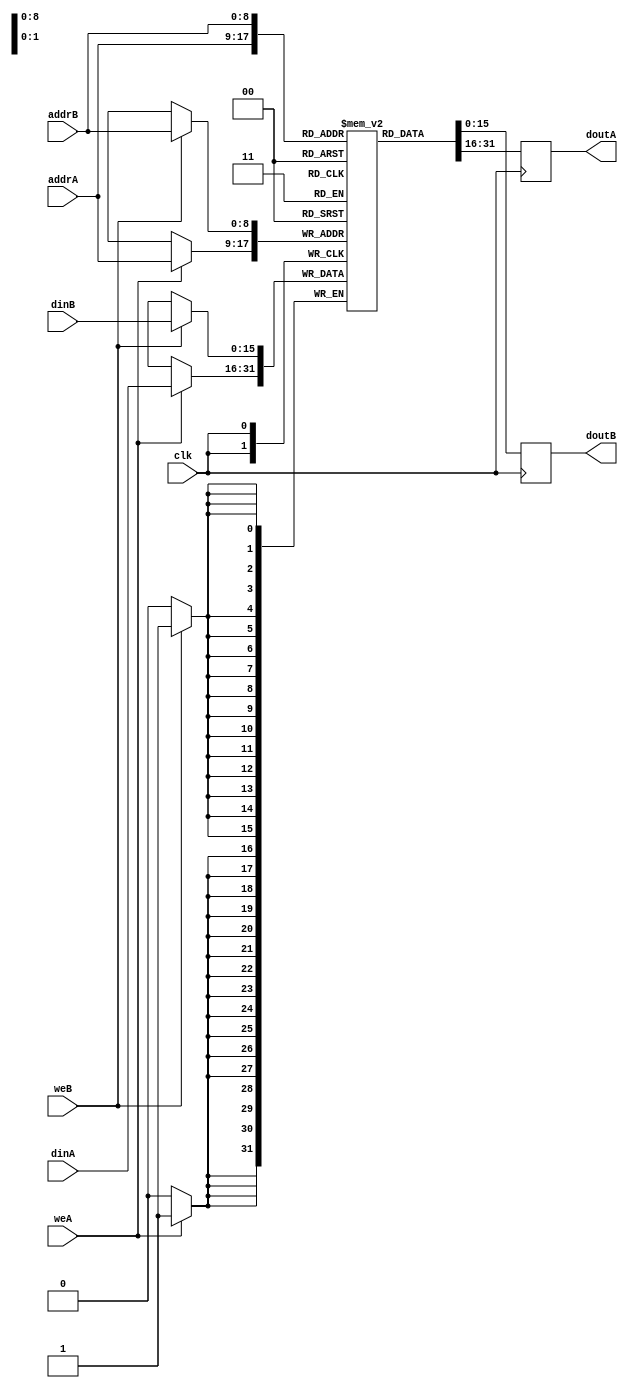
module ram_true_dp_rf_512x16 (clk, weA, weB, addrA, addrB, dinA, dinB, doutA, doutB);
    input clk, weA, weB;
    input [8:0] addrA, addrB;
    input [15:0] dinA, dinB;
    output reg [15:0] doutA, doutB;
    
    reg [15:0] ram [511:0];
    always @(posedge clk)
    begin
        if (weA)
            ram[addrA] <= dinA;
       
        doutA <= ram[addrA];
    end

    always @(posedge clk)
    begin
        if (weB)
            ram[addrB] <= dinB;
        
        doutB <= ram[addrB];
    end

endmodule